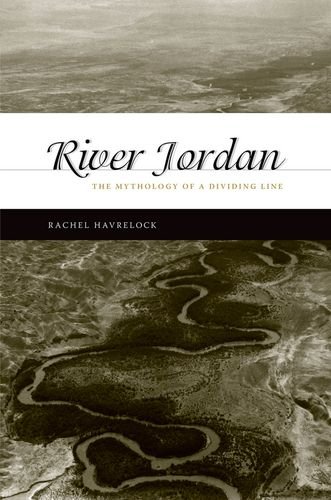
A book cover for River Jordan: The Mythology of a Dividing Line; Rachel Havrelock; History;